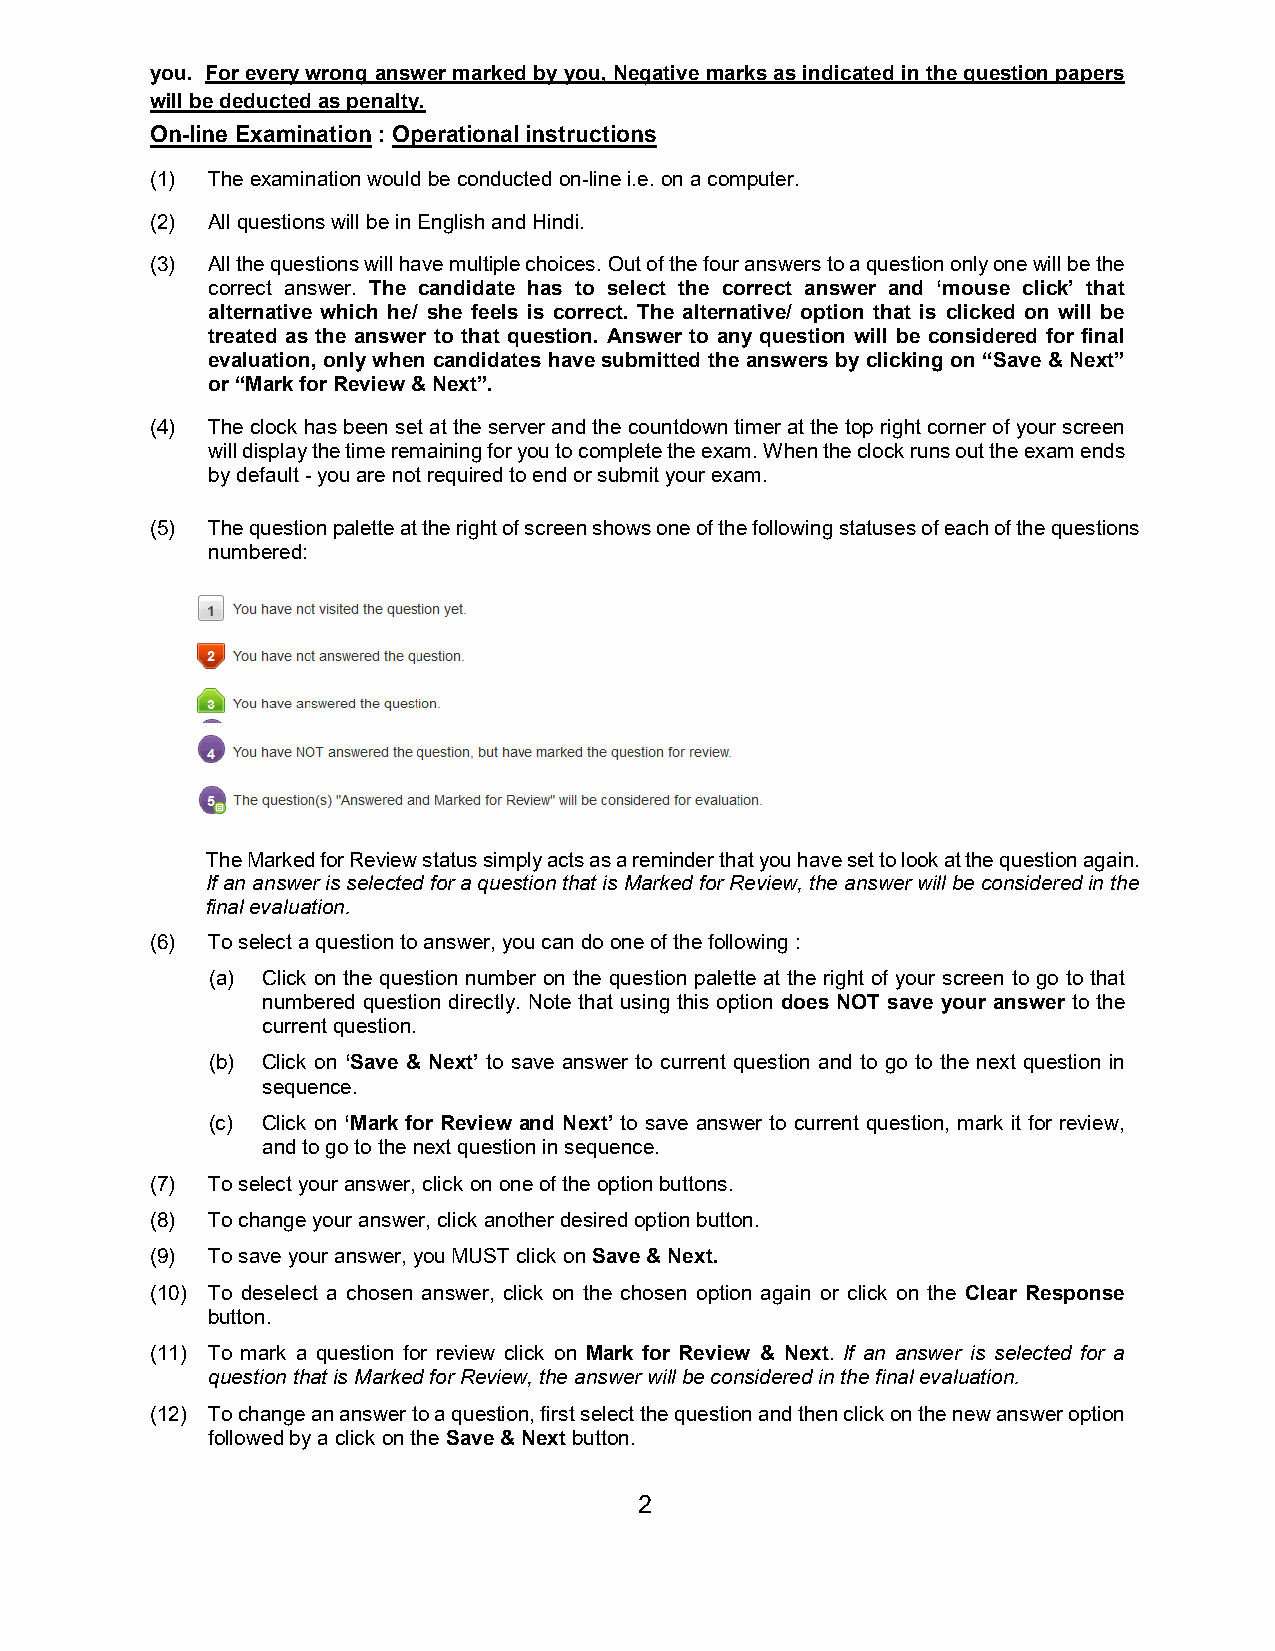
you. For every wrong answer marked by you, Negative marks as indicated in the question papers
 will be deducted as penalty.
 On-line Examination : Operational instructions
 (1) The examination would be conducted on-line i.e. on a computer.
 (2) All questions will be in English and Hindi.
 (3) All the questions will have multiple choices. Out of the four answers to a question only one will be the
 correct answer. The candidate has to select the correct answer and ‘mouse click’ that
 alternative which he/ she feels is correct. The alternative/ option that is clicked on will be
 treated as the answer to that question. Answer to any question will be considered for final
 evaluation, only when candidates have submitted the answers by clicking on “Save & Next”
 or “Mark for Review & Next”.
 (4) The clock has been set at the server and the countdown timer at the top right corner of your screen
 will display the time remaining for you to complete the exam. When the clock runs out the exam ends
 by default - you are not required to end or submit your exam.
 (5) The question palette at the right of screen shows one of the following statuses of each of the questions
 numbered:
 The Marked for Review status simply acts as a reminder that you have set to look at the question again.
 If an answer is selected for a question that is Marked for Review, the answer will be considered in the
 final evaluation.
 (6) To select a question to answer, you can do one of the following :
 (a) Click on the question number on the question palette at the right of your screen to go to that
 numbered question directly. Note that using this option does NOT save your answer to the
 current question.
 (b) Click on ‘Save & Next’ to save answer to current question and to go to the next question in
 sequence.
 (c) Click on ‘Mark for Review and Next’ to save answer to current question, mark it for review,
 and to go to the next question in sequence.
 (7) To select your answer, click on one of the option buttons.
 (8) To change your answer, click another desired option button.
 (9) To save your answer, you MUST click on Save & Next.
 (10) To deselect a chosen answer, click on the chosen option again or click on the Clear Response
 button.
 (11) To mark a question for review click on Mark for Review & Next. If an answer is selected for a
 question that is Marked for Review, the answer will be considered in the final evaluation.
 (12) To change an answer to a question, first select the question and then click on the new answer option
 followed by a click on the Save & Next button.
 2